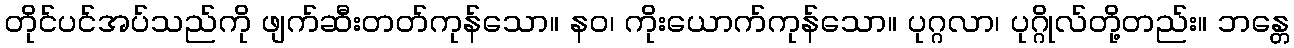
တိုင်ပင်အပ်သည်ကို ဖျက်ဆီးတတ်ကုန်သော။ နဝ၊ ကိုးယောက်ကုန်သော။ ပုဂ္ဂလာ၊ ပုဂ္ဂိုလ်တို့တည်း။ ဘန္တေ